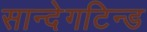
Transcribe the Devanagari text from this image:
सान्देगटिन्ड